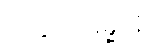
အနုပ္ပါဒဓမ္မာနိ